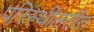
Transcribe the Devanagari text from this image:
परिस्थीलतीत